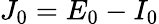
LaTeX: J_{0}=E_{0}-I_{0}